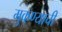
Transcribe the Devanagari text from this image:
मुकण्याची